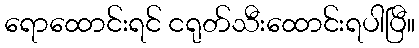
ရောထောင်းရင် ငရုတ်သီးထောင်းရပါပြီ။